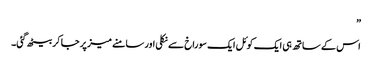
”
اس کے ساتھ ہی ایک کوئل ایک سوراخ سے نکلی اور سامنے میز پر جا کر بیٹھ گئی۔